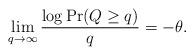
LaTeX: \begin{align*}\lim_{q\to\infty}\frac{\log{\Pr(Q\geq q)}}{q} = -\theta.\end{align*}